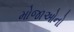
મોજાઓનો